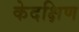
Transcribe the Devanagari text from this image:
केदक्षिण